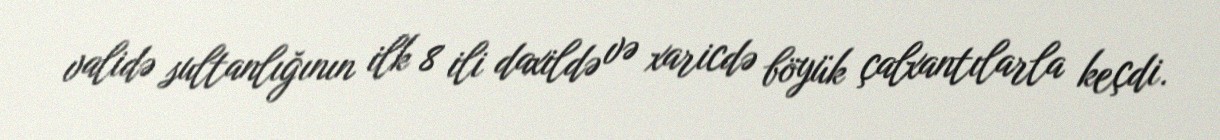
validə sultanlığının ilk 8 ili daxildə və xaricdə böyük çalxantılarla keçdi.